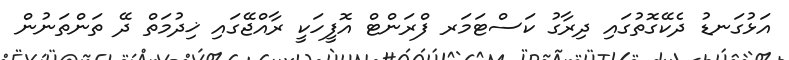
އަޅުގަނޑު ދެކޭގޮތުގައި ދިރާގު ކަސްޓަމަރ ފްރަންޓް އޮފީހަކީ ރާއްޖޭގައި ޚިދުމަތް ދޭ ތަންތަނުން